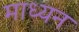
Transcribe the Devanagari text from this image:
माध्यन